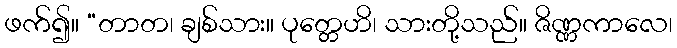
ဖက်၍။ “တာတ၊ ချစ်သား။ ပုတ္တေဟိ၊ သားတို့သည်။ ဇိဏ္ဏကာလေ၊